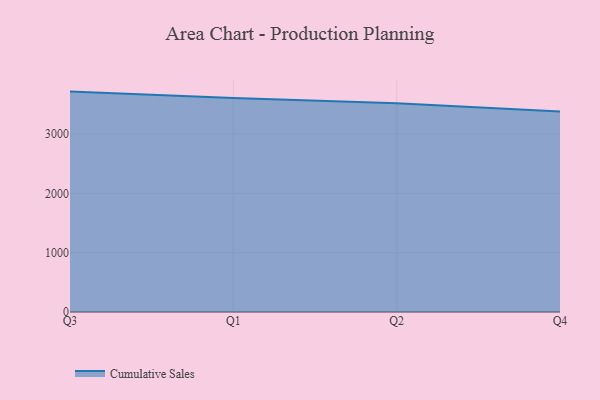
{"axis": {"x": "Quarter", "y": "Gross Profit (USD K)"}, "legend": ["Cumulative Sales"], "data": [{"x": "Q3", "y": 3715.4, "type": "Cumulative Sales"}, {"x": "Q1", "y": 3609.4, "type": "Cumulative Sales"}, {"x": "Q2", "y": 3517.4, "type": "Cumulative Sales"}, {"x": "Q4", "y": 3379.4, "type": "Cumulative Sales"}]}